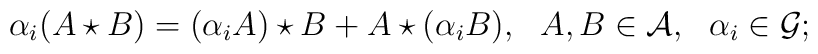
\alpha _i(A\star B)=(\alpha _iA)\star B+A\star (\alpha _i B),~~A,B \in {\cal A},~~\alpha _i\in {\cal G};